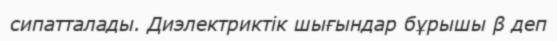
сипатталады. Диэлектриктік шығындар бұрышы β деп